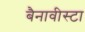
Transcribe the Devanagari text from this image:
बैनावीस्टा